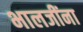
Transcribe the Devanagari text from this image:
भालजींना